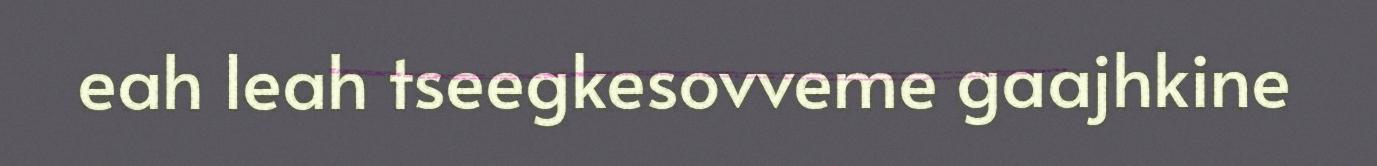
eah leah tseegkesovveme gaajhkine